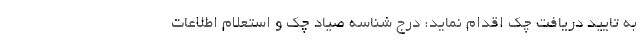
به تایید دریافت چک اقدام نماید: درج شناسه صیاد چک و استعلام اطلاعات